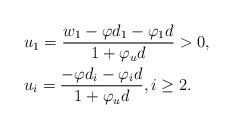
LaTeX: \begin{align*}& u_1 = \frac{{w_1 - \varphi d_1 - \varphi _1 d}}{{1 + \varphi_u d}} >0, \\& u_i = \frac{{ - \varphi d_i - \varphi _i d }}{{1 +\varphi_u d}}, i \ge 2.\end{align*}